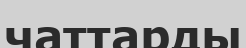
чаттарды